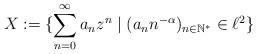
LaTeX: \begin{align*}X := \{\sum_{n=0}^\infty a_n z^n \mid (a_n n^{-\alpha})_{n\in \mathbb{N^*}} \in \ell^2 \}\end{align*}